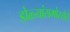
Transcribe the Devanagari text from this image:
डोळ्यांसमोरयेते